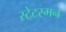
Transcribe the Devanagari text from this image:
स्टेटस्मन